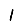
Digit: 1